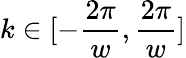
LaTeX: k\in[-\frac{2\pi}{w},\frac{2\pi}{w}]